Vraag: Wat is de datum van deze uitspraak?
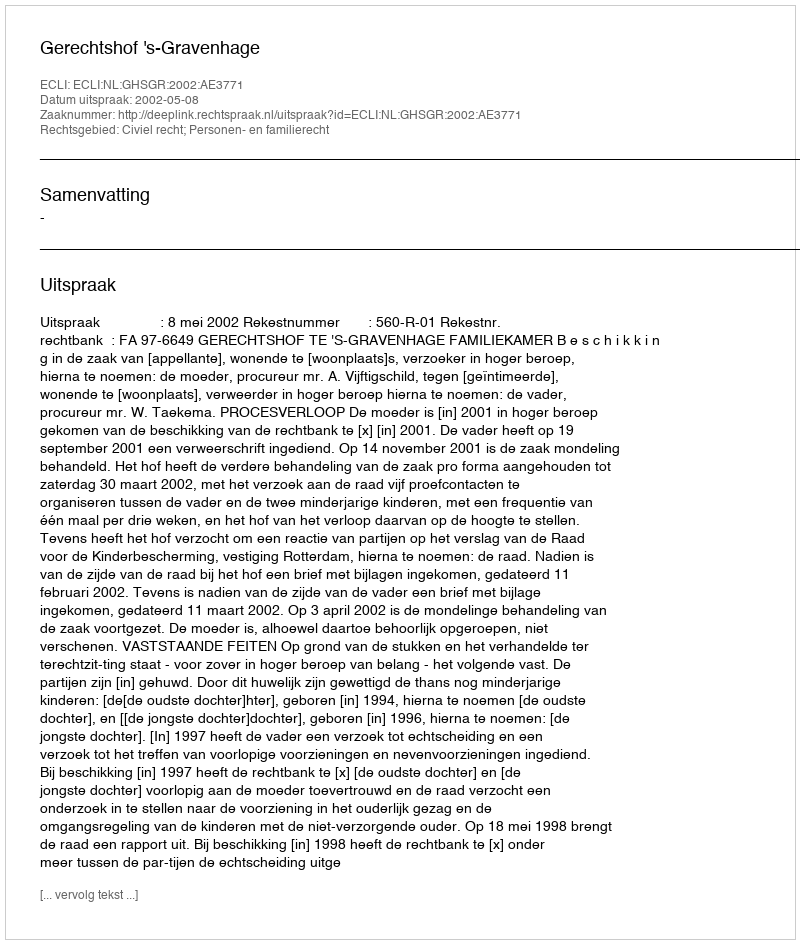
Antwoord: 2002-05-08